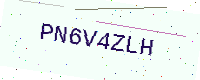
Text: PN6V4ZLH